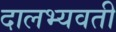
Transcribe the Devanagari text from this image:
दालभ्यवती